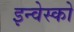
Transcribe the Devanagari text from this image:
इन्वेस्को